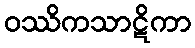
ဝဿိကသာဋိကာ